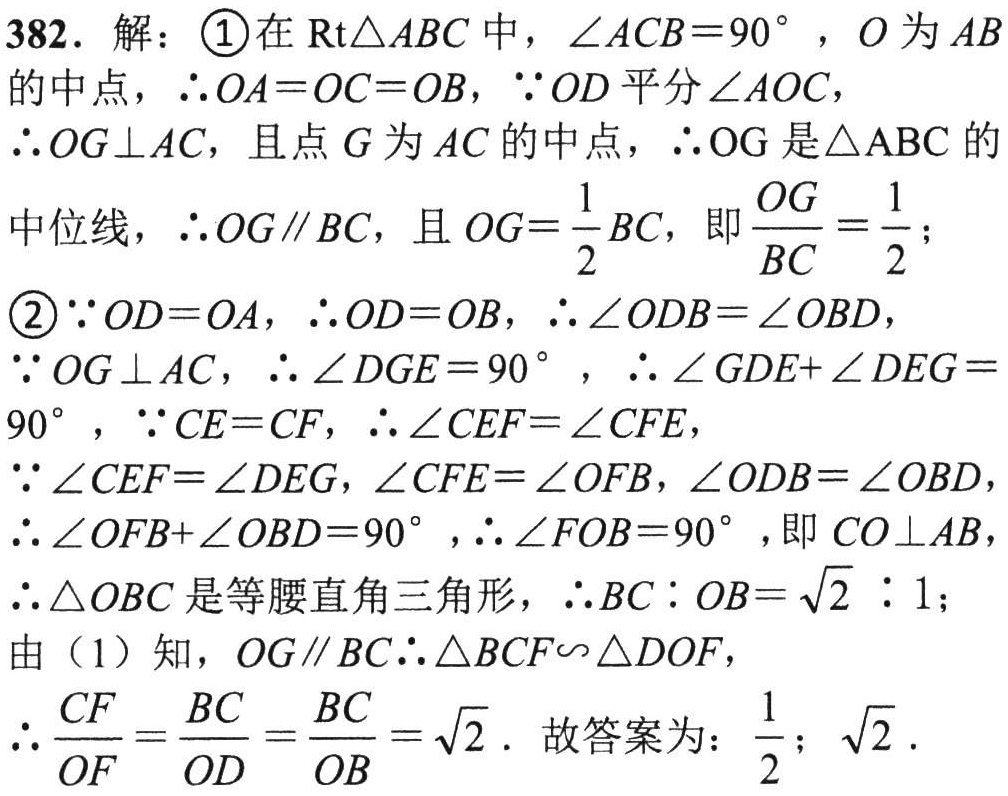
382. 解：

\textcircled{1}在\(Rt\triangle ABC\)中，\(\angle ACB = 90^{\circ}\)，\(O\)为\(AB\)的中点，\(\therefore OA = OC = OB\)，\(\because OD\)平分\(\angle AOC\)，

\(\therefore OG\perp AC\)，且点\(G\)为\(AC\)的中点，\(\therefore OG\)是\(\triangle ABC\)的

中位线，\(\therefore OG\parallel BC\)，且\(OG = \frac{1}{2}BC\)，即\(\frac{OG}{BC}=\frac{1}{2}\)；

\textcircled{2}\(\because OD = OA\)，\(\therefore OD = OB\)，\(\therefore \angle ODB=\angle OBD\)，

\(\because OG\perp AC\)，\(\therefore \angle DGE = 90^{\circ}\)，\(\therefore \angle GDE+\angle DEG = 90^{\circ}\)，\(\because CE = CF\)，\(\therefore \angle CEF=\angle CFE\)，

\(\because \angle CEF=\angle DEG\)，\(\angle CFE=\angle OFB\)，\(\angle ODB=\angle OBD\)，

\(\therefore \angle OFB+\angle OBD = 90^{\circ}\)，\(\therefore \angle FOB = 90^{\circ}\)，即\(CO\perp AB\)，

\(\therefore \triangle OBC\)是等腰直角三角形，\(\therefore BC:OB=\sqrt{2}:1\)；

由（1）知，\(OG\parallel BC\therefore \triangle BCF\sim\triangle DOF\)，

\(\therefore \frac{CF}{OF}=\frac{BC}{OD}=\frac{BC}{OB}=\sqrt{2}\)．故答案为：\(\frac{1}{2}\)；\(\sqrt{2}\)．